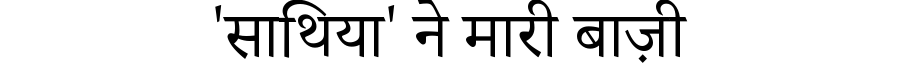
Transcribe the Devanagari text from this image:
'साथिया' ने मारी बाज़ी